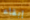
إبقاء